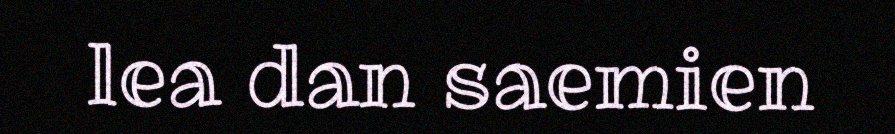
lea dan saemien